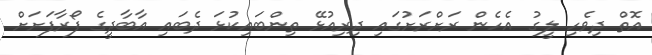
އޮޮތް ދިވެހި ލީގު އެހެން ރަށްރަށުގައި ދިރިއުޅޭ ތިންބައިކުޅަ ދެބައި އާބާދީގެ ފޯރާފަށަށް